Morphology and life history of Herpetomonas culicis, Novy, MacNeal and Torrey - Number 57
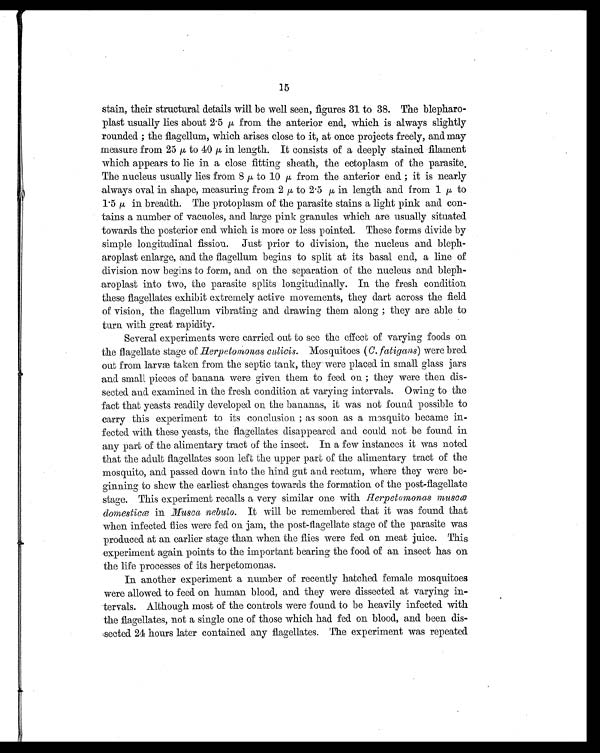
15
stain, their structural details will be well seen, figures 31 to 38. The blepharo-
plast usually lies about 2. 5µ from the anterior end, which is always slightly
rounded ; the flagellum, which arises close to it, at once projects freely, and may
meas ur e f r om 25 µ t o 40 µ i n l engt h. I t cons i s t s of a deepl y s t ai ned f i l ament
which appears to lie in a close fitting sheath, the ectoplasm of the parasite.
The nucleus usually lies from 8 µ to 10 µ from the anterior end ; it is nearly
always oval in shape, measuring from 2 µ to 2.5 µ in length and from 1 µ to
1.5 µ in breadth. The protoplasm of the parasite stains a light pink and con-
tains a number of vacuoles, and large pink granules which are usually situated
towards the posterior end which is more or less pointed. These forms divide by
simple longitudinal fission. Just prior to division, the nucleus and bleph-
aroplast enlarge, and the flagellum begins to split at its basal end, a line of
division now begins to form, and on the separation of the nucleus and bleph-
aroplast into two, the parasite splits longitudinally. In the fresh condition
these flagellates exhibit extremely active movements, they dart across the field
of vision, the flagellum vibrating and drawing them along ; they are able to
turn with great rapidity.
Several experiments were carried out to see the effect of varying foods on
the flagellate stage of Herpetomonas culicis. Mosquitoes (C. fatigans) were bred.
out from larvæ taken from the septic tank, they were placed in small glass jars
and small pieces of banana were given them to feed on ; they were then dis-
sected and examined. in the fresh condition at varying intervals. Owing to the
fact that yeasts readily developed on the bananas, it was not found possible to
carry this experiment to its conclusion ; as soon as a mosquito became in-
fected with these yeasts, the flagellates disappeared and could not be found in
any part of the alimentary tract of the insect. In a few instances it was noted
that the adult flagellates soon left the upper part of the alimentary tract of the
mosquito, and passed down into the hind. gut and rectum, where they were be-
ginning to shew the earliest changes towards the formation of the post-flagellate
stage. This experiment recalls a very similar one with Herpetomonas muscæ
domesticæ in Musca nebulo. It will be remembered that it was found that
when infected flies were fed on jam, the post-flagellate stage of the parasite was
produced at an earlier stage than when the flies were fed on meat juice. This
experiment again points to the important bearing the food of an insect has on
the life processes of its herpetomonas.
In another experiment a number of recently hatched female mosquitoes
were allowed to feed. on human blood, and. they were dissected at varying in-
tervals. Although most of the controls were found to be heavily infected with
the flagellates, not a single one of those which had fed on blood, and been dis-
sected 24 hours later contained any flagellates. The experiment was repeated